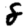
Digit: 8